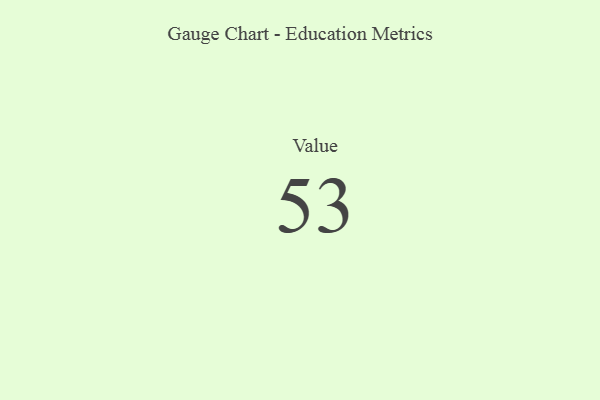
{"axis": {"x": "Metric", "y": "Value"}, "legend": [""], "data": [{"x": "Value", "y": 53, "type": ""}]}